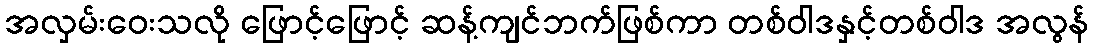
အလှမ်းဝေးသလို ဖြောင့်ဖြောင့် ဆန့်ကျင်ဘက်ဖြစ်ကာ တစ်ဝါဒနှင့်တစ်ဝါဒ အလွန်